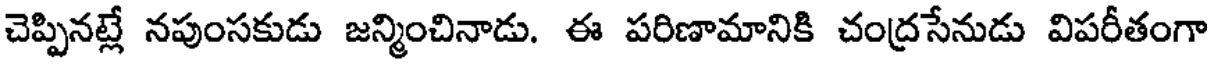
చెప్పినట్లే నపుంసకుడు జన్మించినాడు. ఈ పరిణామానికి చంద్రసేనుడు విపరీతంగా